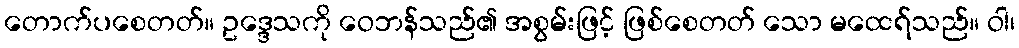
တောက်ပစေတတ်။ ဥဒ္ဒေသကို ဝေဘန်သည်၏ အစွမ်းဖြင့် ဖြစ်စေတတ် သော မထေရ်သည်။ ဝါ၊